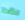
لقد